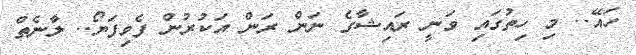
ހައޭ.. މި ހިތުގައި ވަނީ ރައިޝާގެ ނަން ރަން އަކުރުން ފެވިފަޔޯ.. ލާނެތް